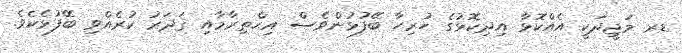
ޑރ މަޖީދަކީ އެއްކޮޅާ އިދިކޮޅުގެ ހުރިހާ ބޭފުޅުންވެސް އިޙްތިރާމާއި ޤަދަރު ކުރެއްވި ބޭފުޅެކެވެ.